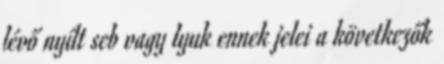
lévő nyílt seb vagy lyuk ennek jelei a következők